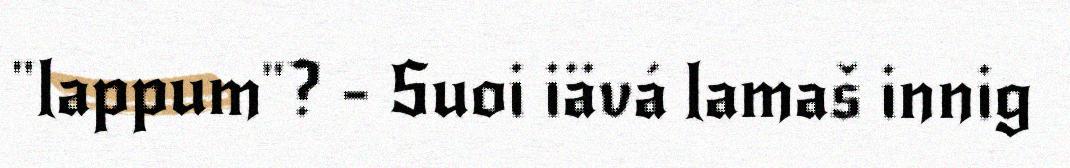
"lappum"? - Suoi iävá lamaš innig